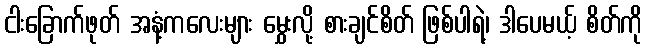
ငါးခြောက်ဖုတ် အနံ့ကလေးများ မွှေးလို့ စားချင်စိတ် ဖြစ်ပါရဲ့၊ ဒါပေမယ့် စိတ်ကို